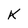
Character: K